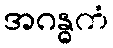
အဂန္ဓကံ